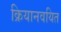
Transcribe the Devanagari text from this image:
क्रियानवयित